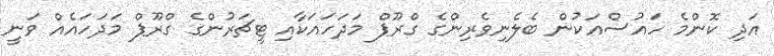
އަދި ކޮންމެ ހައުސްއަކުން ބެލެނިވެރިންގެ ގްރޫޕް މަދަހައަކާއި ޓީޗަރުންގެ ގްރޫޕް މަދަހައެއް ވަނީ